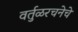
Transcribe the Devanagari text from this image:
वर्तुळरचनेचे